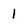
Character: 1